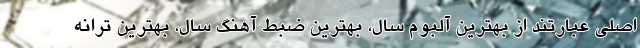
اصلی عبارتند از بهترین آلبوم سال، بهترین ضبط آهنگ سال، بهترین ترانه